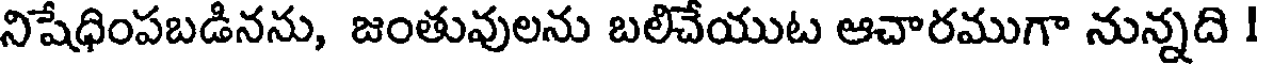
నిషేధింపబడినను, జంతువులను బలిచేయుట ఆచారముగా నున్నది